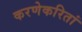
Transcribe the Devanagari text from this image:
करणेकरितां